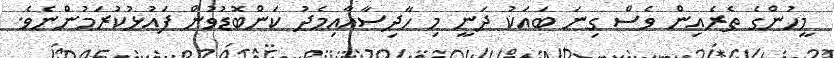
މީހުންގެ ތެރެއިން ވެސް ގިނަ ބައަކު ދަނީ މި ހާދިސާއާއިމެދު ކަންބޮޑުވުން ފައުޅުކުރަމުންނެވެ.